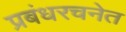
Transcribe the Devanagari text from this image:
प्रबंधरचनेत